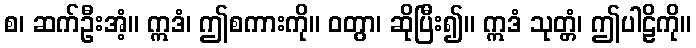
စ၊ ဆက်ဦးအံ့။ ဣဒံ၊ ဤစကားကို။ ဝတွာ၊ ဆိုပြီး၍။ ဣဒံ သုတ္တံ၊ ဤပါဠိကို။